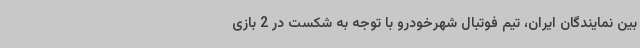
بین نمایندگان ایران، تیم فوتبال شهرخودرو با توجه به شکست در 2 بازی